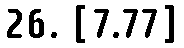
26. [7.77]